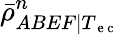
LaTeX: \bar{\rho}_{ABEF|T_{\mathrm{~e~c~}}}^{n}